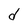
Character: d